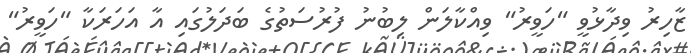
ޒާހިރު ވިދާޅުވީ "ހަވީރު" ވިއްކާލަން ލިބުނު ފުރުސަތުގެ ބަދަލުގައި އާ އަހަރަކާ "ހަވީރު"